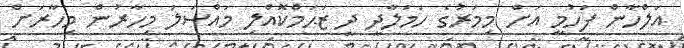
އަލްހާން ފަހުމީ އަށް މިމަރުގެ ހަމަލާދީ ދީ ޒަޙަމްކޮއްލި މައްސަލަ މިހާރުން މިހާރަށް